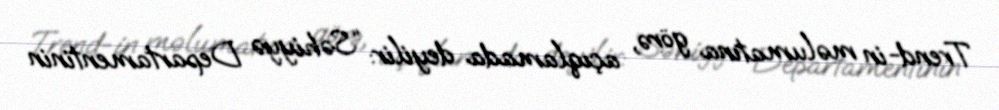
Trend-in məlumatına görə, açıqlamada deyilir: “Səhiyyə Departamentinin